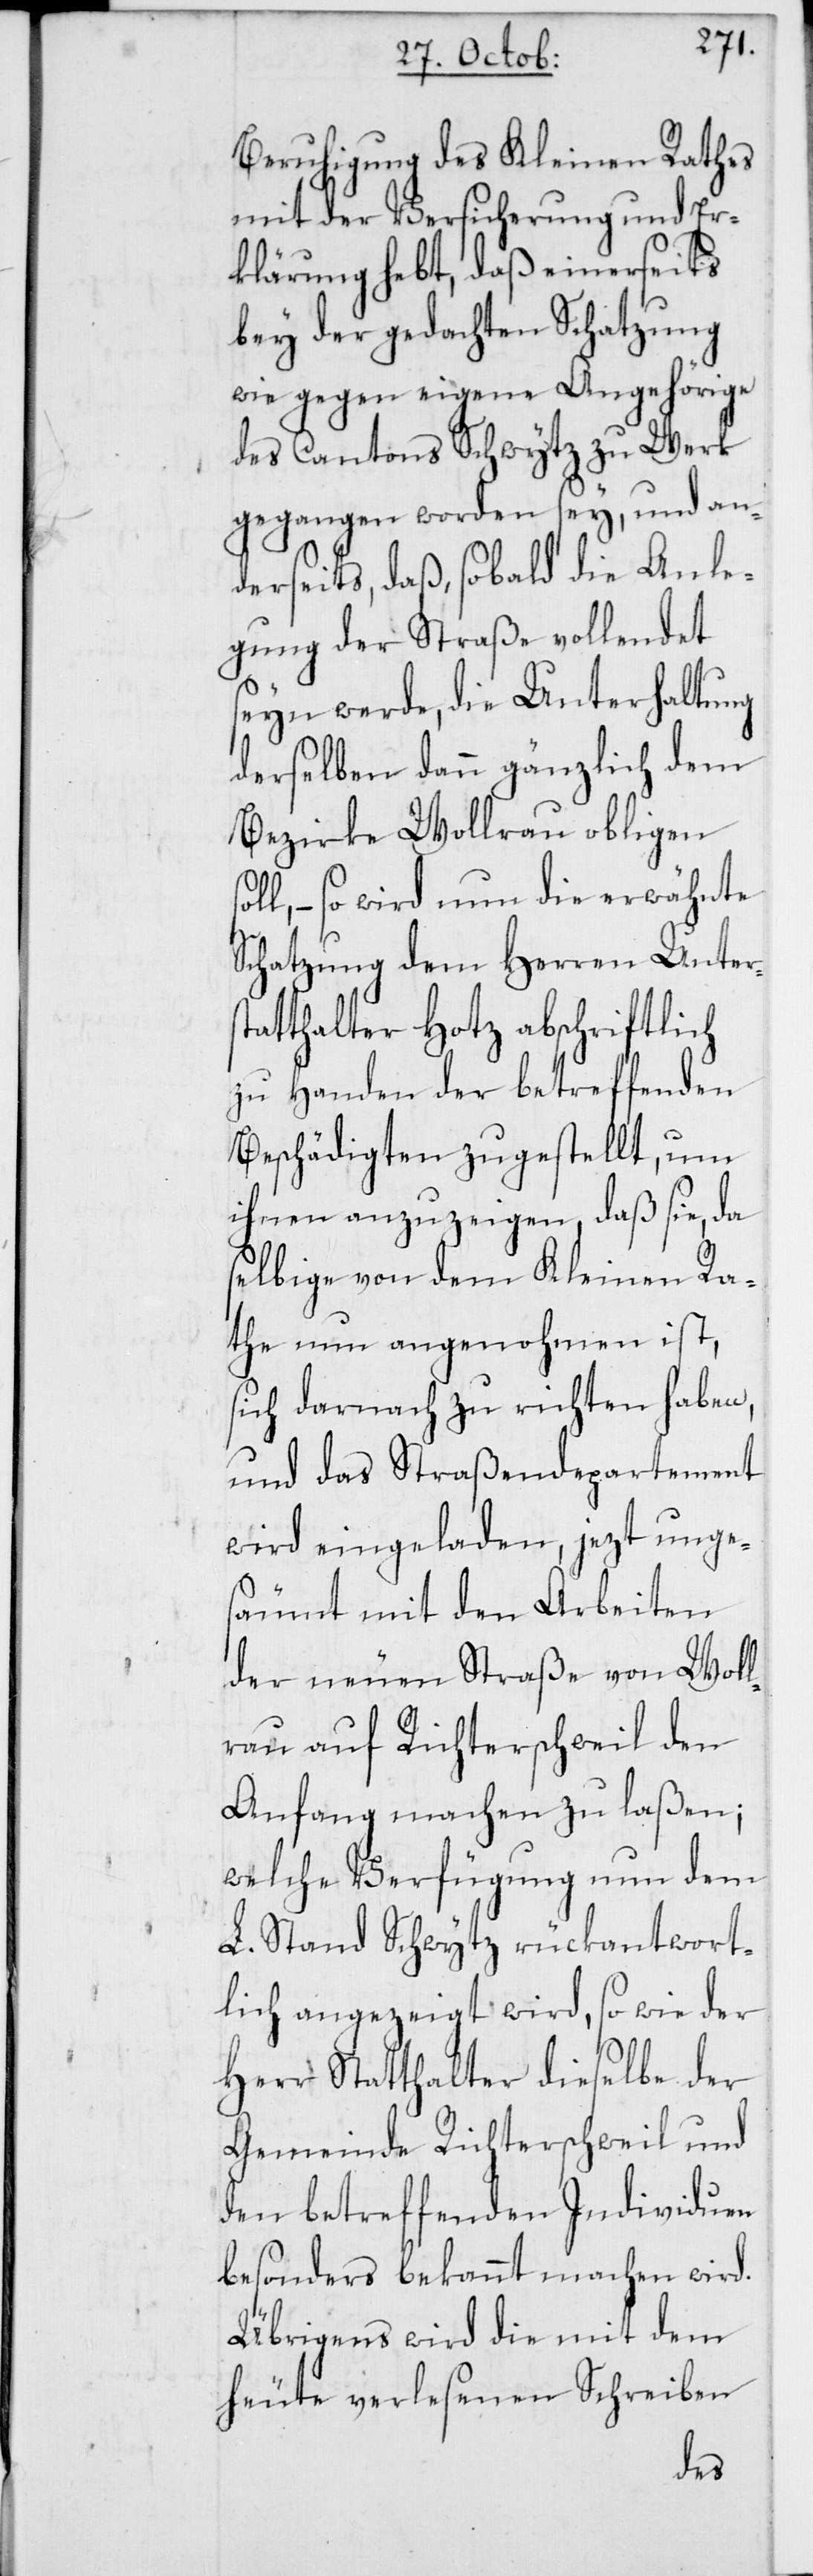
Beruhigung des Kleinen Rathes
mit der Versicherung und Er¬
klärung hebt, daß einerseits
bey der gedachten Schatzung
wie gegen eigene Angehörige
des Cantons Schwytz zu Werk
gegangen worden sey, und an¬
derseits, daß, sobald die Anle¬
gung der Straße vollendet
seyn werde, die Unterhaltung
derselben dann gänzlich dem
Bezirke Wollerau obligen
– so wird nun die erwähnte
Schatzung dem Herren Unters¬
tatthalter Hotz abschriftlich
zu Handen der betreffenden
Beschädigten zugestellt, um
ihnen anzuzeigen, daß sie, da
selbige von dem Kleinen Ra¬
the nun angenohmen ist,
sich darnach zu richten haben,
und das Straßendepartement
wird eingeladen, jezt unge¬
säumt mit den Arbeiten
der neuen Straße von Woll¬
erau auf Richterschweil den
Anfang machen zu laßen;
welche Verfügung nun dem
L. Stand Schwytz rückantwort¬
lich angezeigt wird, so wie der
Herr Statthalter dieselbe der
Gemeinde Richterschweil und
den betreffenden Individuen
besonders bekannt machen wird.
Übrigens wird die mit dem
heute verlesenen Schreiben